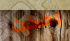
وفكرت